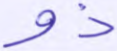
ذو